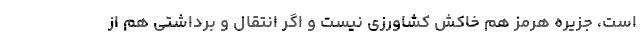
است، جزیره هرمز هم خاکش کشاورزی نیست و اگر انتقال و برداشتی هم از